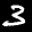
Label: 3